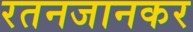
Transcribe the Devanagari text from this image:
रतनजानकर